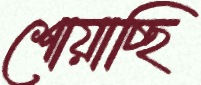
শোয়াচ্ছি